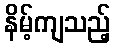
နိမ့်ကျသည့်